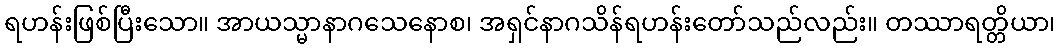
ရဟန်းဖြစ်ပြီးသော။ အာယသ္မာနာဂသေနောစ၊ အရှင်နာဂသိန်ရဟန်းတော်သည်လည်း။ တဿာရတ္တိယာ၊